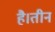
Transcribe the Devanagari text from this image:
है।तीन